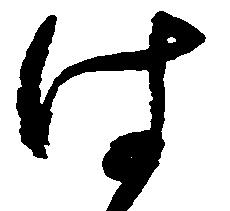
は